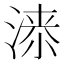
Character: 𱧰